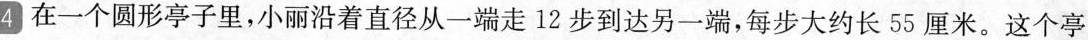
4 在一个圆形亭子里，小丽沿着直径从一端走12步到达另一端，每步大约长55厘米。这个亭